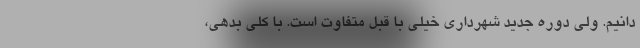
دانیم. ولی دوره جدید شهرداری خیلی با قبل متفاوت است. با کلی بدهی،